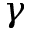
\gamma